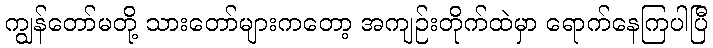
ကျွန်တော်မတို့ သားတော်များကတော့ အကျဉ်းတိုက်ထဲမှာ ရောက်နေကြပါပြီ